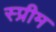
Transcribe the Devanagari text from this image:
स्प्रीम